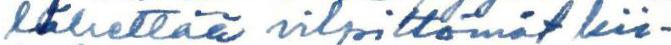
lähettää vilpittömät kii-